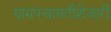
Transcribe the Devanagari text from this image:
ग्रामपंचायतीशेजारी